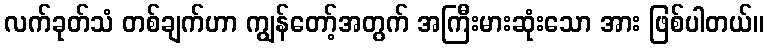
လက်ခုတ်သံ တစ်ချက်ဟာ ကျွန်တော့်အတွက် အကြီးမားဆုံးသော အား ဖြစ်ပါတယ်။